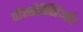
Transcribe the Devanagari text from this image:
पोस्सेस्सिओं।